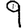
Digit: 9